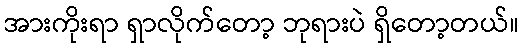
အားကိုးရာ ရှာလိုက်တော့ ဘုရားပဲ ရှိတော့တယ်။